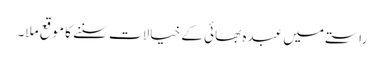
راستے میں عبدہ بھائی کے خیالات سننے کا موقع ملا۔